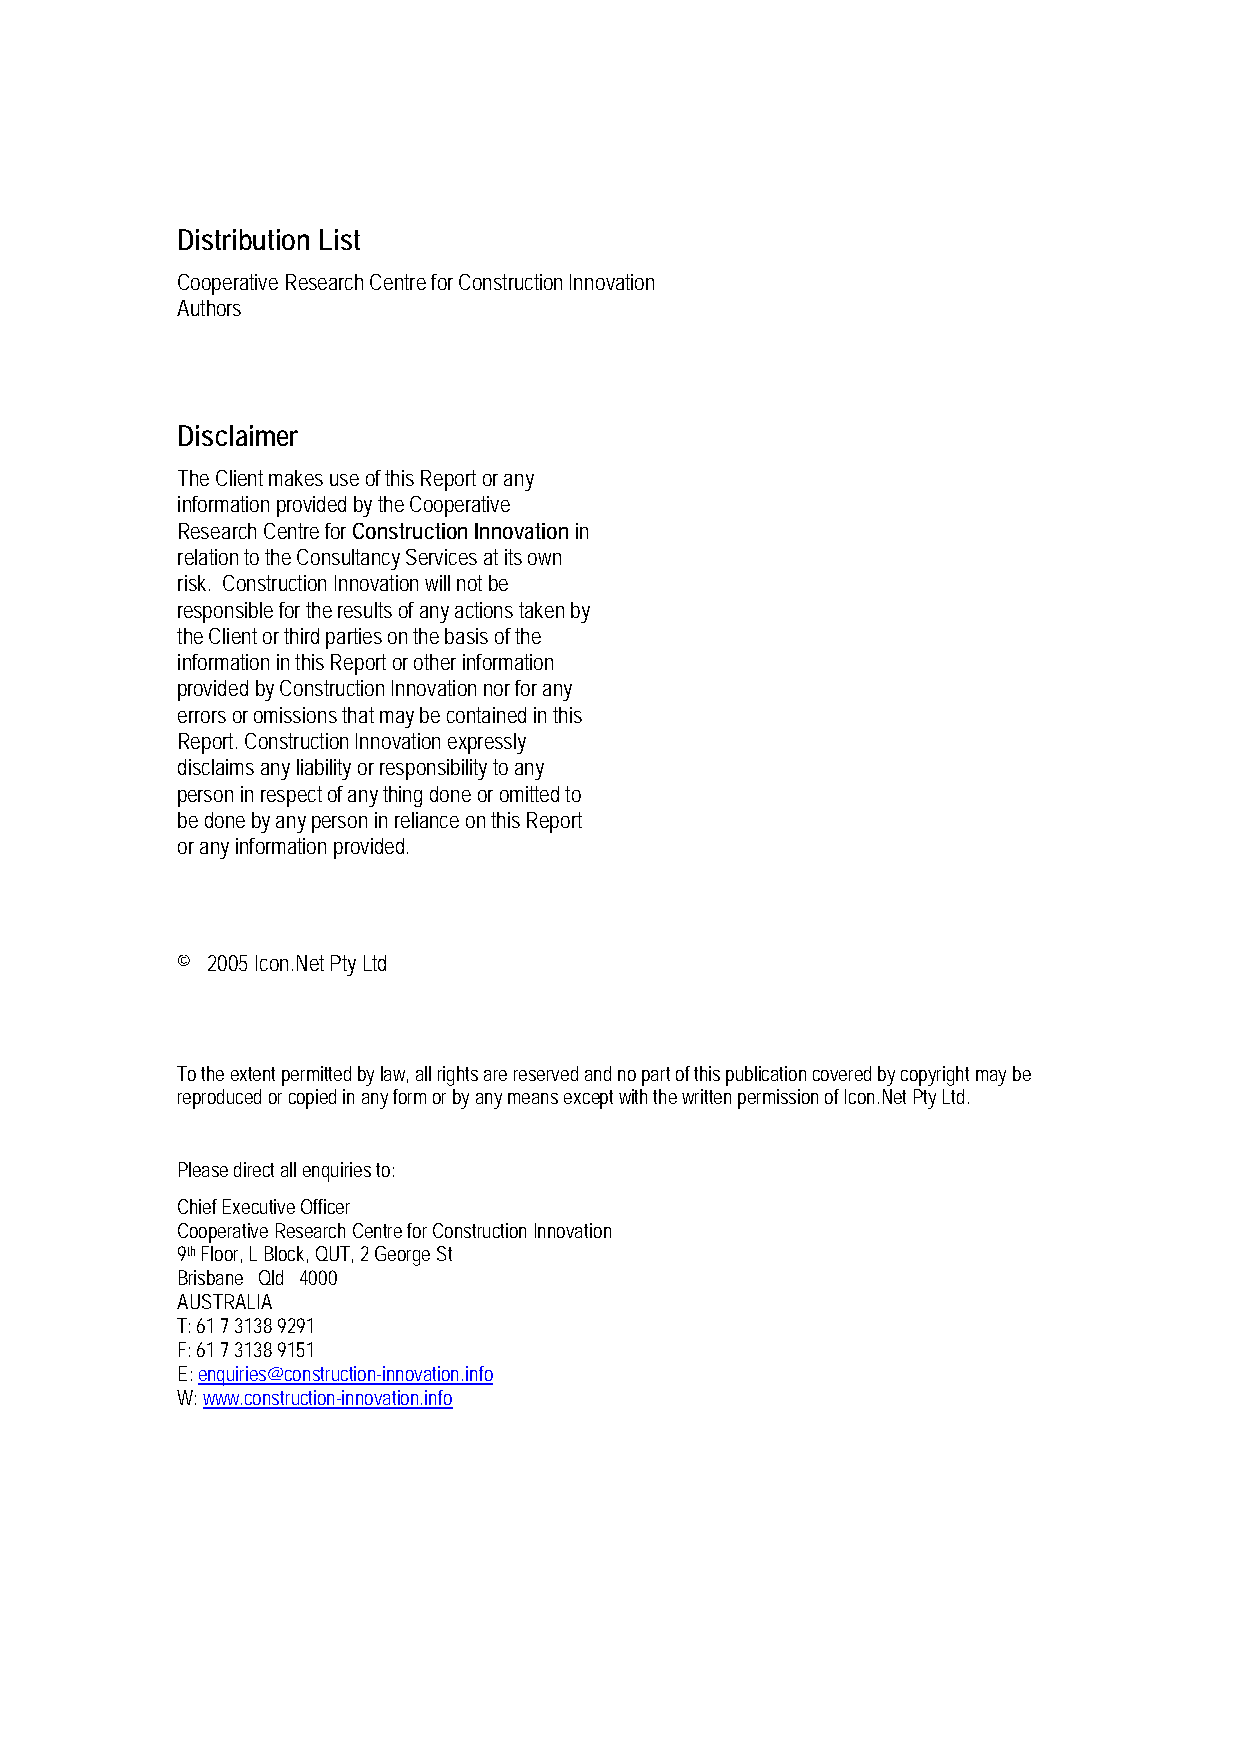
Distribution List
 Cooperative Research Centre for Construction Innovation
 Authors
 Disclaimer
 The Client makes use of this Report or any
 information provided by the Cooperative
 Research Centre for Construction Innovation in
 relation to the Consultancy Services at its own
 risk. Construction Innovation will not be
 responsible for the results of any actions taken by
 the Client or third parties on the basis of the
 information in this Report or other information
 provided by Construction Innovation nor for any
 errors or omissions that may be contained in this
 Report. Construction Innovation expressly
 disclaims any liability or responsibility to any
 person in respect of any thing done or omitted to
 be done by any person in reliance on this Report
 or any information provided.
 © 2005 Icon.Net Pty Ltd
 To the extent permitted by law, all rights are reserved and no part of this publication covered by copyright may be
 reproduced or copied in any form or by any means except with the written permission of Icon.Net Pty Ltd.
 Please direct all enquiries to:
 Chief Executive Officer
 Cooperative Research Centre for Construction Innovation
 9th Floor, L Block, QUT, 2 George St
 Brisbane Qld 4000
 AUSTRALIA
 T: 61 7 3138 9291
 F: 61 7 3138 9151
 E: enquiries@construction-innovation.info
 W: www.construction-innovation.info